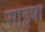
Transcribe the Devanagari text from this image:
साइषा